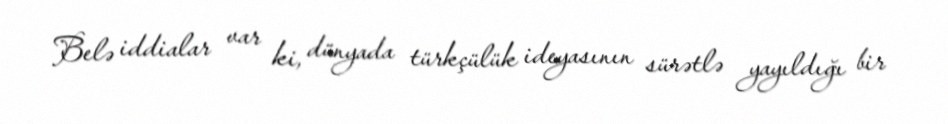
Belə iddialar var ki, dünyada türkçülük ideyasının sürətlə yayıldığı bir